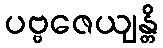
ပဗ္ဗဇေယျန္တိ